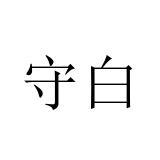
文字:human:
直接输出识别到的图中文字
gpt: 守白